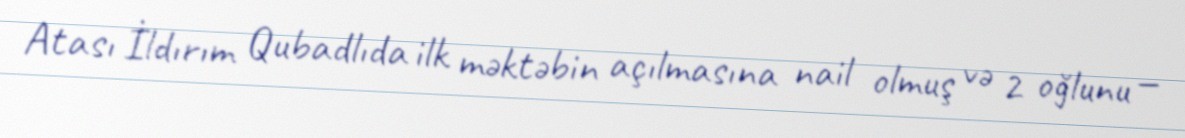
Atası İldırım Qubadlıda ilk məktəbin açılmasına nail olmuş və 2 oğlunu —